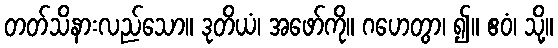
တတ်သိနားလည်သော။ ဒုတိယံ၊ အဖော်ကို။ ဂဟေတွာ၊ ၍။ ဧဝံ၊ သို့။